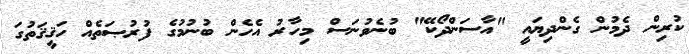
ކުރިން ދެމުން ގެންދިޔައީ "އާސަންދޯކޭ" ބުނެވުނަސް މިހާރު އެހެން ބުނުމުގެ ފުރުޞަތެއް ހަޤީޤަތުގަ